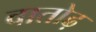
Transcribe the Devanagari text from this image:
वातोढ़